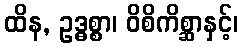
ထိန, ဥဒ္ဓစ္စာ၊ ဝိစိကိစ္ဆာနှင့်၊